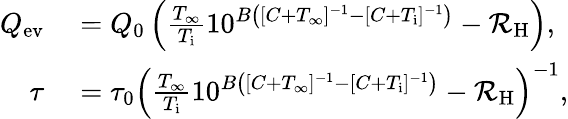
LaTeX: \begin{array}{rl}{Q_{\mathrm{ev}}}&{{}=Q_{0}\left(\frac{T_{\infty}}{T_{\mathrm{i}}}10^{B\left([C+T_{\infty}]^{-1}-[C+T_{\mathrm{i}}]^{-1}\right)}-\mathcal{R}_{\mathrm{H}}\right),}\\ {\tau}&{{}=\tau_{0}\left(\frac{T_{\infty}}{T_{\mathrm{i}}}10^{B\left([C+T_{\infty}]^{-1}-[C+T_{\mathrm{i}}]^{-1}\right)}-\mathcal{R}_{\mathrm{H}}\right)^{-1},}\end{array}